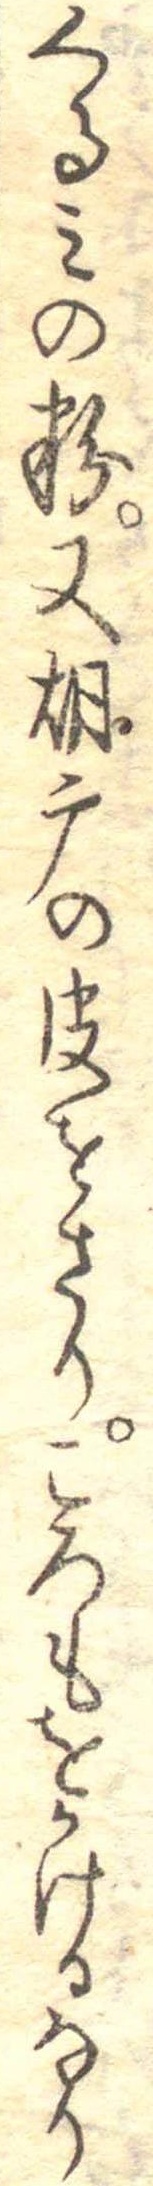
くるみの粉又胡广の皮をさりころもをかけるなり